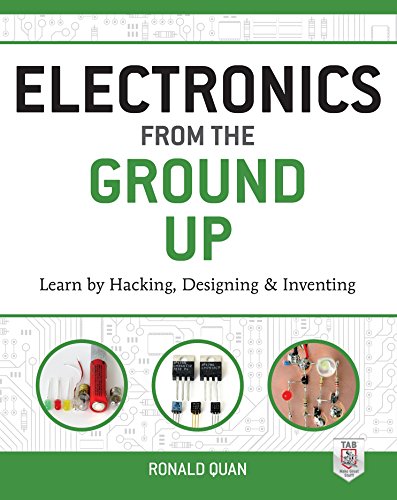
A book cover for Electronics from the Ground Up: Learn by Hacking, Designing, and Inventing; Ronald Quan; Engineering & Transportation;